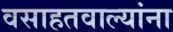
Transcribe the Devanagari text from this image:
वसाहतवाल्यांना